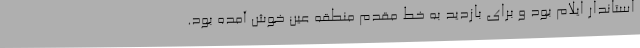
استاندار ایلام بود و برای بازدید به خط مقدم منطقه عین خوش آمده بود.